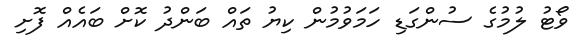
ވޯޓު ލުމުގެ ސުންގަޑި ހަމަވުމުން ކިޔު ތައް ބަންދު ކޮށް ބައެއް ފޮށި